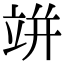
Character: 𥩵